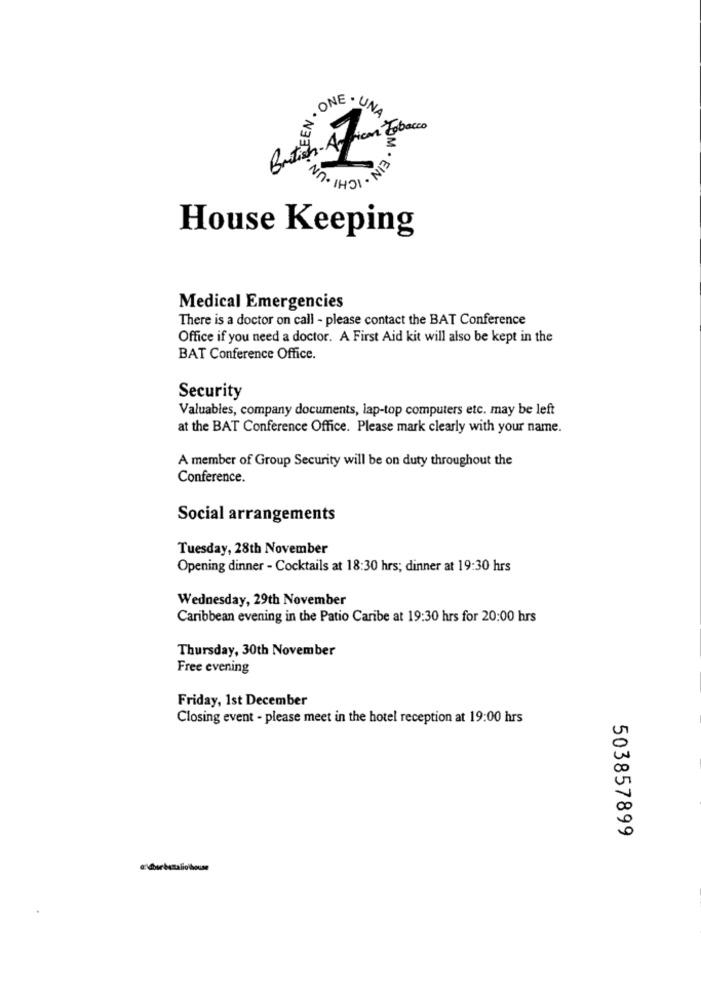
. ONE . UNA
Tobacco
NO. N332
EIN . ICHI .UN
House Keeping
Medical Emergencies
There is a doctor on call - please contact the BAT Conference
Office if you need a doctor. A First Aid kit will also be kept in the
BAT Conference Office.
Security
Valuables, company documents, lap-top computers etc. may be left
at the BAT Conference Office. Please mark clearly with your name.
A member of Group Security will be on duty throughout the
Conference.
Social arrangements
Tuesday, 28th November
Opening dinner - Cocktails at 18:30 hrs; dinner at 19:30 hrs
Wednesday, 29th November
Caribbean evening in the Patio Caribe at 19:30 hrs for 20:00 hrs
Thursday, 30th November
Free evening
Friday, 1st December
Closing event - please meet in the hotel reception at 19:00 hrs
503857899
elbur bastalio'house